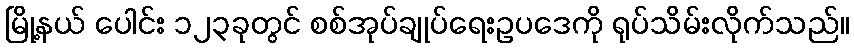
မြို့နယ် ပေါင်း ၁၂၃ခုတွင် စစ်အုပ်ချုပ်ရေးဥပဒေကို ရုပ်သိမ်းလိုက်သည်။